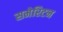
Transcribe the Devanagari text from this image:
समेरिटन